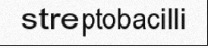
streptobacilli